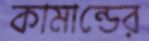
কামান্ডের